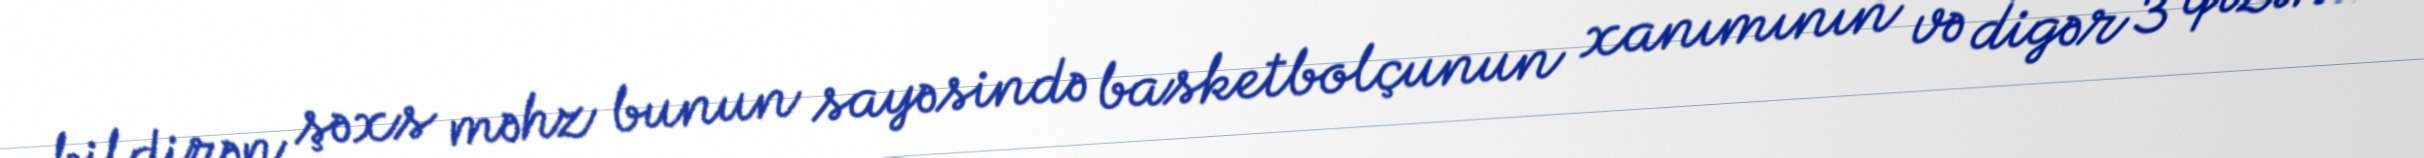
bildirən şəxs məhz bunun sayəsində basketbolçunun xanımının və digər 3 qızının